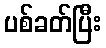
ပစ်ခတ်ပြီး